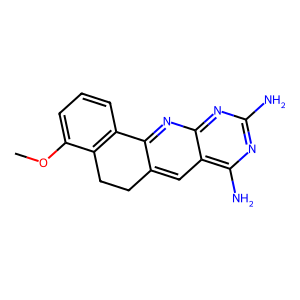
SMILES: COc1cccc2c1CCc1cc3c(N)nc(N)nc3nc1-2
Inhibits HIV replication: No